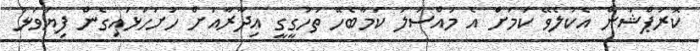
ކޮރަޕްޝަން އެކުލެވޭ ކަމަށް އެ މައްސަލަ ކަމާބެހޭ ތަހުގީގީ އިދާރާއަށް ހުށަހަޅައިގެން ފިޔަވަޅު